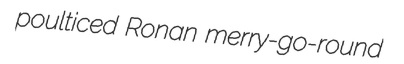
poulticed Ronan merry-go-round